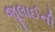
જૂલાઈની